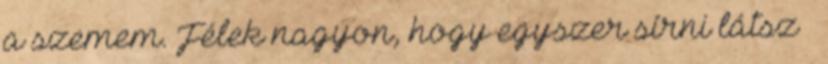
a szemem. Félek nagyon, hogy egyszer sírni látsz –